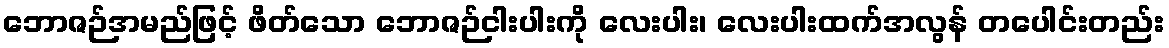
ဘောဇဉ်အမည်ဖြင့် ဖိတ်သော ဘောဇဉ်ငါးပါးကို လေးပါး၊ လေးပါးထက်အလွန် တပေါင်းတည်း